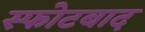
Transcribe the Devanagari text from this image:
स्फोटबाद